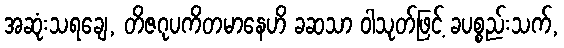
အဆုံးသရချေ, တိဇဂုပကိတမာနေဟိ ခဆသာ ဝါသုတ်ဖြင့် ခပစ္စည်းသက်,